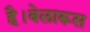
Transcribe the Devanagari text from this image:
है।बेलारूस